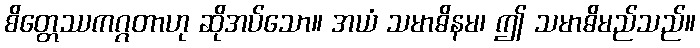
စိတ္တေဿကဂ္ဂတာဟု ဆိုအပ်သော။ အယံ သမာဓိနမ၊ ဤ သမာဓိမည်သည်။